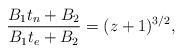
\begin{align*}\frac{B_1t_n+B_2}{B_1t_e+B_2}=(z+1)^{3/2},\end{align*}